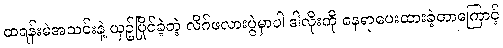
ထရန်းမဲအသင်းနဲ့ ယှဥ်ပြိုင်ခဲ့တဲ့ လိဂ်ဖလားပွဲမှာပါ ဒါလိုးကို နေရာပေးထားခဲ့တာကြောင့်